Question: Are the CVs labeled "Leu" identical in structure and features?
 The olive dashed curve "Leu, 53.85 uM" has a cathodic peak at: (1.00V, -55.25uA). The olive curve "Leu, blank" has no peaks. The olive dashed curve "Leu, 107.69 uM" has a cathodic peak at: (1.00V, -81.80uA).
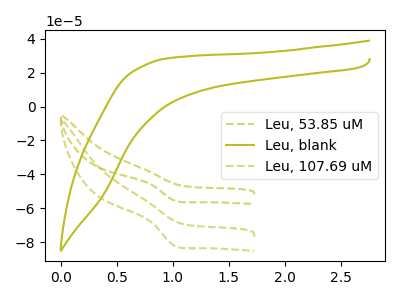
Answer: <think>"Leu, 53.85 uM" and "Leu, blank" have a different number of peaks. All the peaks in "Leu, 53.85 uM" have a peak in "Leu, 107.69 uM" at the same potential. Every peak in "Leu, 53.85 uM" is lower than every peak in "Leu, 107.69 uM". "Leu, blank" and "Leu, 107.69 uM" have a different number of peaks.
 </think>
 <answer>All the CV's of "Leu" have similar shape.</answer>
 <eval>follow_rule</eval>